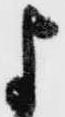
よ